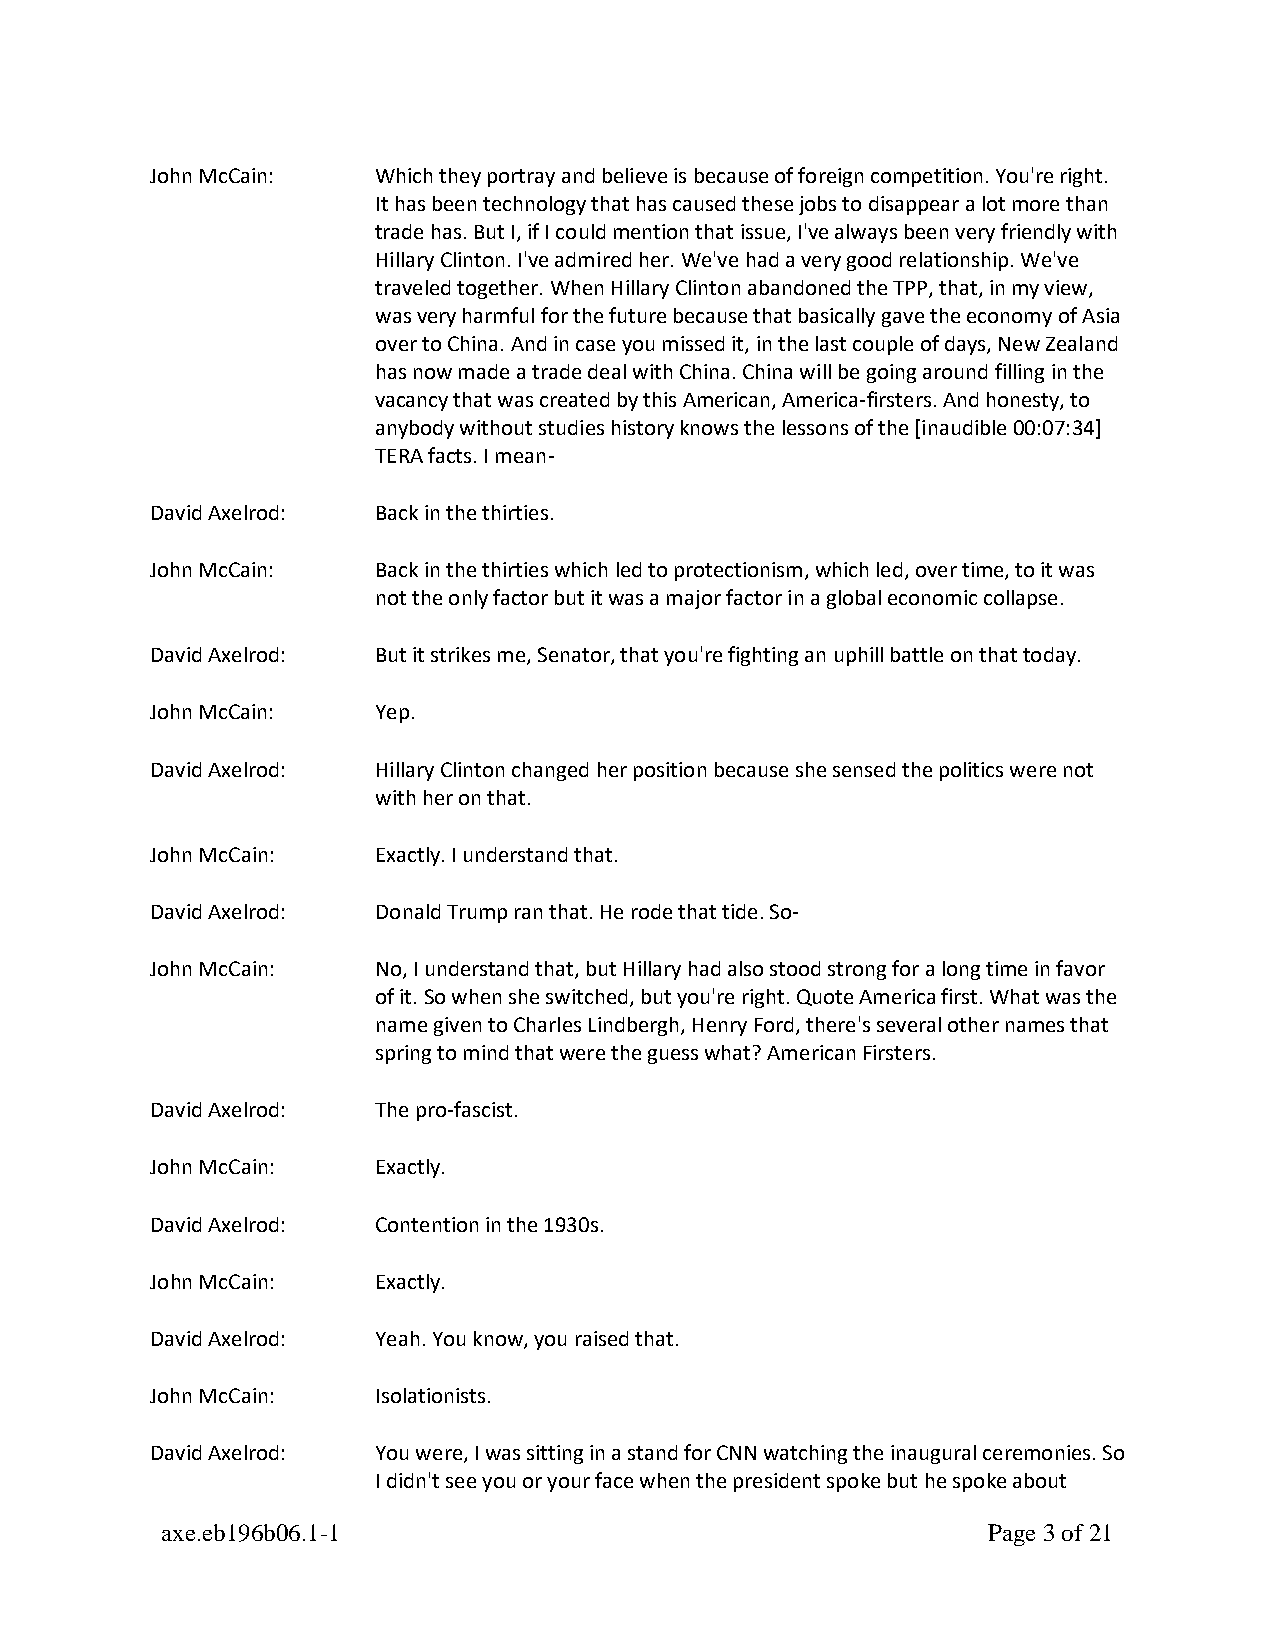
John McCain:   Which they portray and believe is because of foreign competition. You're right.
 It has been technology that has caused these jobs to disappear a lot more than
 trade has. But I, if I could mention that issue, I've always been very friendly with
 Hillary Clinton. I've admired her. We've had a very good relationship. We've
 traveled together. When Hillary Clinton abandoned the TPP, that, in my view,
 was very harmful for the future because that basically gave the economy of Asia
 over to China. And in case you missed it, in the last couple of days, New Zealand
 has now made a trade deal with China. China will be going around filling in the
 vacancy that was created by this American, America-firsters. And honesty, to
 anybody without studies history knows the lessons of the [inaudible 00:07:34]
 TERA facts. I mean-
 David Axelrod: Back in the thirties.
 John McCain:   Back in the thirties which led to protectionism, which led, over time, to it was
 not the only factor but it was a major factor in a global economic collapse.
 David Axelrod: But it strikes me, Senator, that you're fighting an uphill battle on that today.
 John McCain:   Yep.
 David Axelrod: Hillary Clinton changed her position because she sensed the politics were not
 with her on that.
 John McCain:   Exactly. I understand that.
 David Axelrod: Donald Trump ran that. He rode that tide. So-
 John McCain:   No, I understand that, but Hillary had also stood strong for a long time in favor
 of it. So when she switched, but you're right. Quote America first. What was the
 name given to Charles Lindbergh, Henry Ford, there's several other names that
 spring to mind that were the guess what? American Firsters.
 David Axelrod: The pro-fascist.
 John McCain:   Exactly.
 David Axelrod: Contention in the 1930s.
 John McCain:   Exactly.
 David Axelrod: Yeah. You know, you raised that.
 John McCain:   Isolationists.
 David Axelrod: You were, I was sitting in a stand for CNN watching the inaugural ceremonies. So
 I didn't see you or your face when the president spoke but he spoke about
 axe.eb196b06.1-1                                      Page 3 of 21